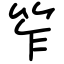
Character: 笮